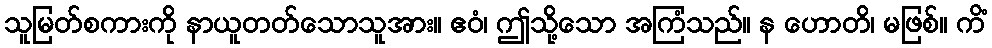
သူမြတ်စကားကို နာယူတတ်သောသူအား။ ဧဝံ၊ ဤသို့သော အကြံသည်။ န ဟောတိ၊ မဖြစ်။ ကိံ